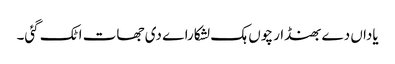
یاداں دے بھنڈار چوں ہک لشکاراے دی جھات اٹک گئی۔